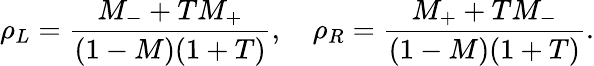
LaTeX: \rho_{L}=\frac{M_{-}+TM_{+}}{(1-M)(1+T)},\quad\rho_{R}=\frac{M_{+}+TM_{-}}{(1-M)(1+T)}.